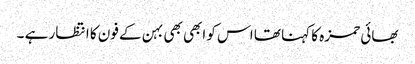
بھائی حمزہ کا کہنا تھا اس کو ابھی بھی بہن کے فون کا انتظار ہے ۔